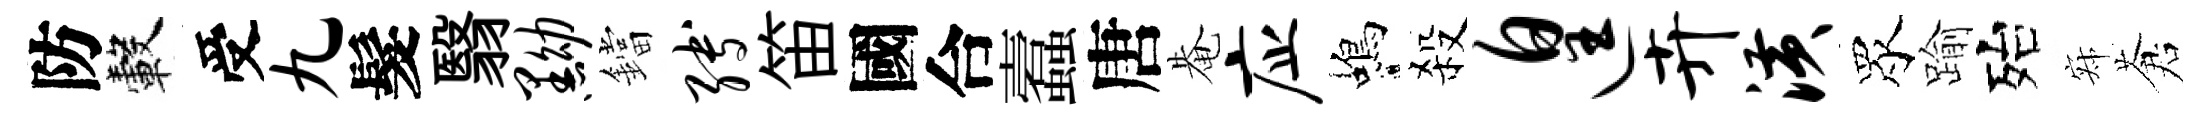
防轂受九髮翳黝鐺缚笛國合蠧唐𤲅应蝎殺遑卉潢眾踰殆寂蒼